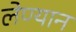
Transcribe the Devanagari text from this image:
लेण्यान